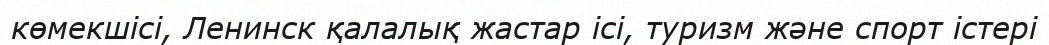
көмекшісі, Ленинск қалалық жастар ісі, туризм және спорт істері